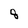
Character: 8